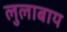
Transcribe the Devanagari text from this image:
लुलाबाय